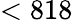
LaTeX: <818